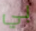
بي